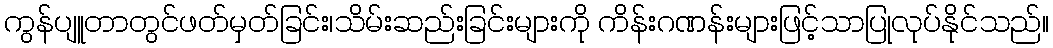
ကွန်ပျူတာတွင်ဖတ်မှတ်ခြင်း၊သိမ်းဆည်းခြင်းများကို ကိန်းဂဏန်းများဖြင့်သာပြုလုပ်နိုင်သည်။